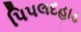
પિપલદહાડ